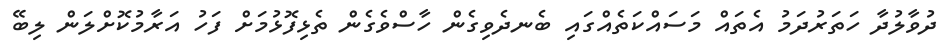
ދުވާލުދާ ހަތަރުދަމު އެތައް މަސައްކަތެއްގައި ބެނދެވިގެން ހާސްވެގެން ތެޅިފޮޅުމަށް ފަހު އަރާމުކޮށްލަން ލިބޭ